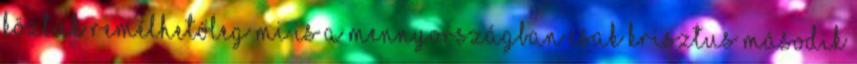
köztük remélhetőleg mi is a mennyországban csak Krisztus második